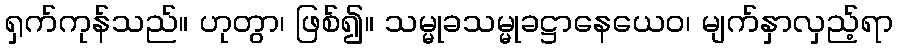
ရှက်ကုန်သည်။ ဟုတွာ၊ ဖြစ်၍။ သမ္မုခသမ္မုခဋ္ဌာနေယေဝ၊ မျက်နှာလှည့်ရာ